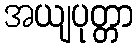
အယျပုတ္တာ